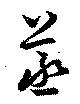
蒸